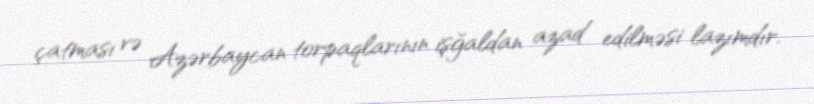
çatması və Azərbaycan torpaqlarının işğaldan azad edilməsi lazımdır.